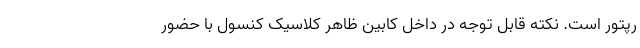
رپتور است. نکته قابل توجه در داخل کابین ظاهر کلاسیک کنسول با حضور